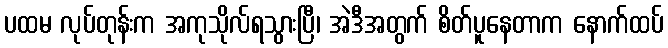
ပထမ လုပ်တုန်းက အကုသိုလ်ရသွားပြီ၊ အဲဒီအတွက် စိတ်ပူနေတာက နောက်ထပ်